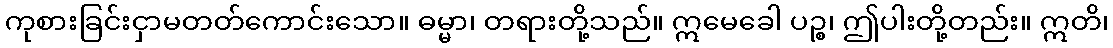
ကုစားခြင်းငှာမတတ်ကောင်းသော။ ဓမ္မာ၊ တရားတို့သည်။ ဣမေခေါ ပဉ္စ၊ ဤပါးတို့တည်း။ ဣတိ၊